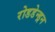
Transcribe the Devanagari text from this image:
रोडडेन्ड्रन